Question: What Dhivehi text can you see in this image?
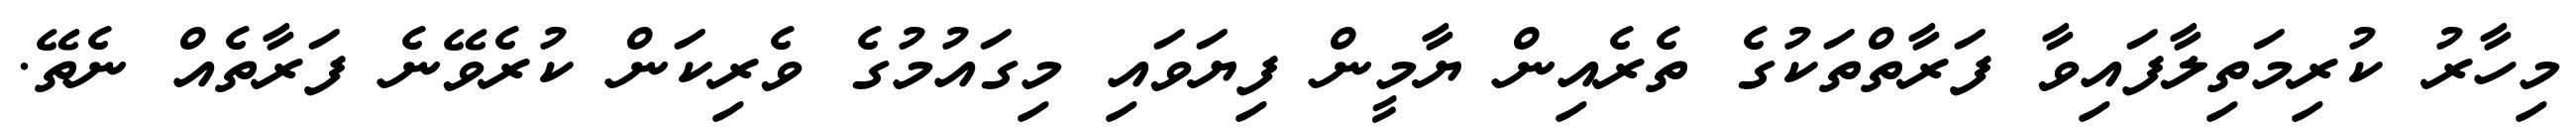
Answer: މިހާރު ކުރިމަތިލާފައިވާ ފަރާތްތަކުގެ ތެރެއިން ޔާމީން ފިޔަވައި މިގައުމުގެ ވެރިކަން ކުރެވޭނެ ފަރާތެއް ނެތޭ.